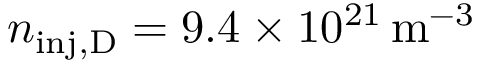
n _ { \mathrm { i n j , D } } = 9 . 4 \times 1 0 ^ { 2 1 } \, \mathrm { m ^ { - 3 } }